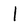
Character: 1